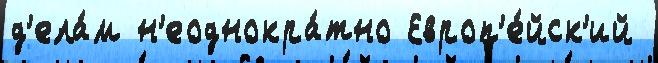
д'ела́м н'еоднокра́тно Европ'е́йск'ий